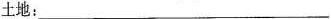
土地：___